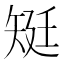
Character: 𥏎